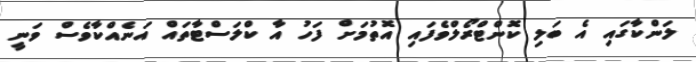
ލަންކާގައި އެ ބަލި ކޮންޓްރޯލްވެފައި އޮތުމަށް ފަހު އާ ކްލަސްޓާތައް އަނެއްކާވެސް ވަނީ